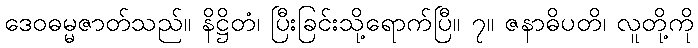
ဒေဝဓမ္မဇာတ်သည်။ နိဋ္ဌိတံ၊ ပြီးခြင်းသို့ရောက်ပြီ။ ၇။ ဇနာဓိပတိ၊ လူတို့ကို